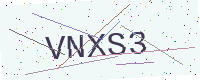
Text: VNXS3